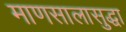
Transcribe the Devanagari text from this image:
माणसालासुद्धा